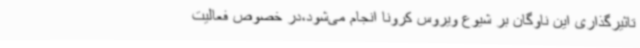
تاثیرگذاری این ناوگان بر شیوع ویروس کرونا انجام می‌شود،در خصوص فعالیت